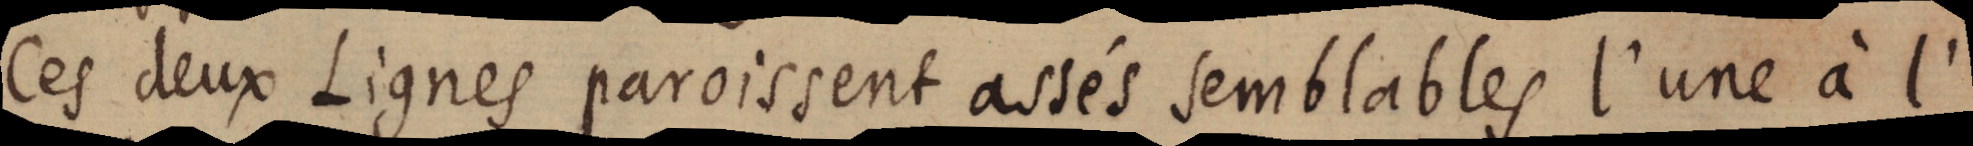
Ces deux Lignes paroissent assés semblables l’une à l’